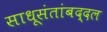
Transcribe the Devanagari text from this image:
साधूसंतांबद्दल